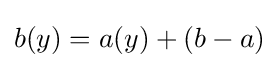
b(y)=a(y)+(b-a)